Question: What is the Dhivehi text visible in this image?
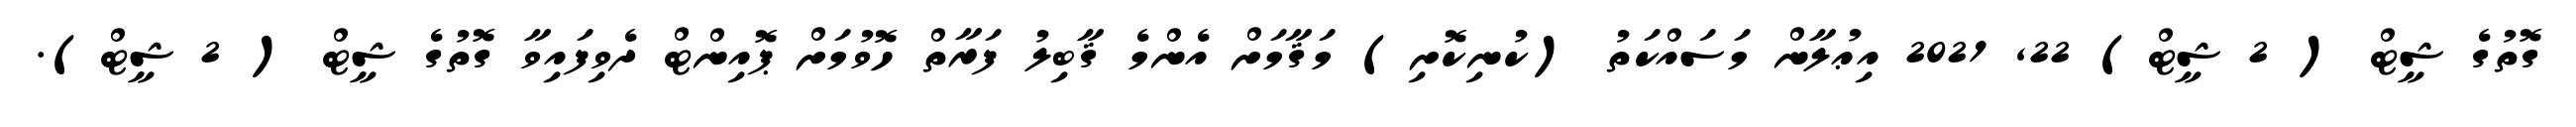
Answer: ގޮތުގެ ޝީޓް ( 2 ޝީޓް) 22, 2021 އިޢުލާން މަސައްކަތު (ކުނިކޮށި) މަޤާމަށް އެންމެ ޤާބިލު ފަރާތް ހޮވުމަށް ޕޮއިންޓް ދެވިފައިވާ ގޮތުގެ ޝީޓް ( 2 ޝީޓް).